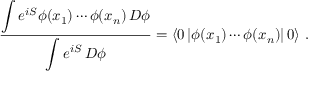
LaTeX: { \frac { \displaystyle \int e ^ { i S } \phi ( x _ { 1 } ) \cdots \phi ( x _ { n } ) \, D \phi } { \displaystyle \int e ^ { i S } \, D \phi } } = \left\langle 0 \left| \phi ( x _ { 1 } ) \cdots \phi ( x _ { n } ) \right| 0 \right\rangle \, .